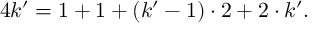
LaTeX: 4 k ^ { \prime } = 1 + 1 + ( k ^ { \prime } - 1 ) \cdot 2 + 2 \cdot k ^ { \prime } .